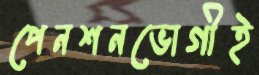
পেনশনভোগীই